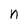
Character: n